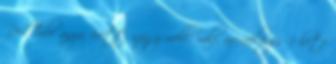
RedTube anya, érett, nagy mell, milf, arcraélvezés 1 hete